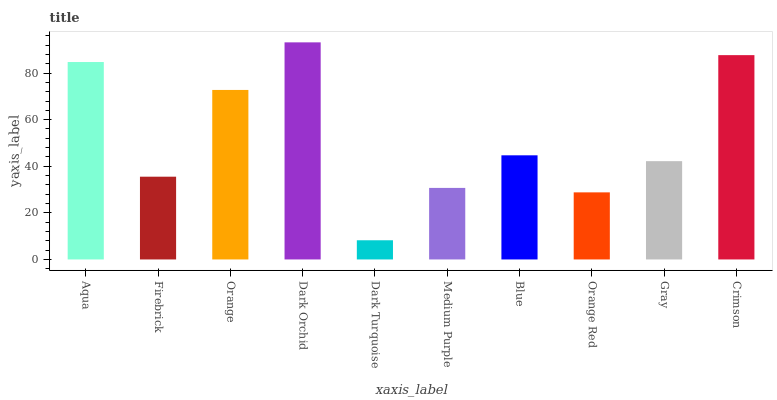
| xaxis_label | bars |
 | --- | --- |
 | Aqua | 84.7 |
 | Firebrick | 35.5 |
 | Orange | 72.7 |
 | Dark Orchid | 93.2 |
 | Dark Turquoise | 8.24 |
 | Medium Purple | 30.7 |
 | Blue | 44.7 |
 | Orange Red | 28.8 |
 | Gray | 42.2 |
 | Crimson | 87.7 |